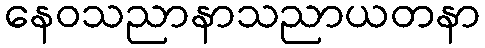
နေဝသညာနာသညာယတနာ